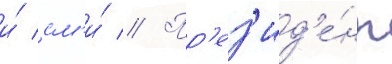
и́ см'и́ // Пр'ез'ид'е́нт